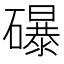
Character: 𥗋